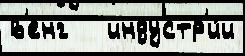
в'енг   индустр'и́и